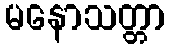
မနောသတ္တာ